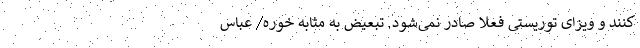
کنند و ویزای توریستی فعلا صادر نمی‌شود. تبعیض به مثابه خوره/ عباس